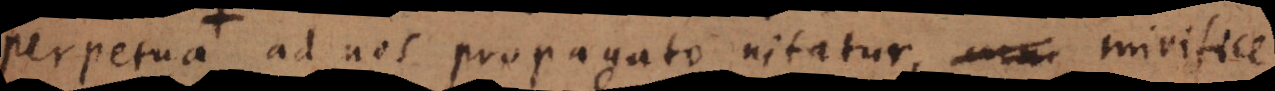
Apo ad nos propagato nitatur, mirifice